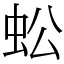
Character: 蚣